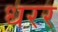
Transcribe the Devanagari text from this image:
धरर